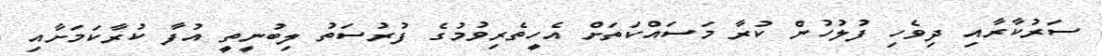
ސަރުކާރާއި ދިވެހި ފުލުހުން ކުރާ މަސައްކަތަށް އެހީތެރިވުމުގެ ފުރުސަތު ލިބުނީތީ އުފާ ކުރާކަމަށާއި